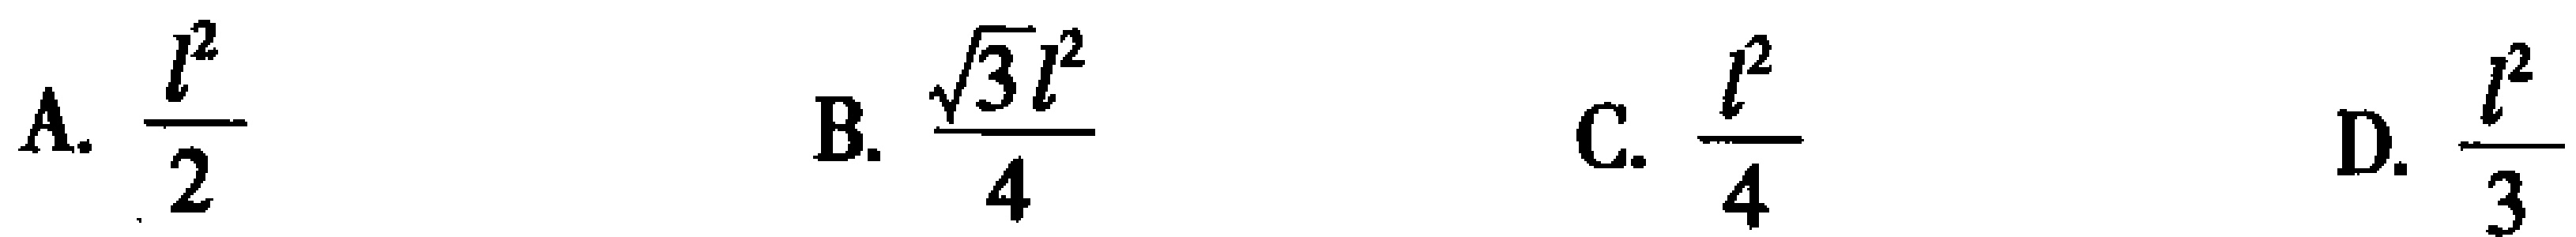
A. $\frac{l^{2}}{2}$  B. $\frac{\sqrt{3}l^{2}}{4}$  C. $\frac{l^{2}}{4}$  D. $\frac{l^{2}}{3}$